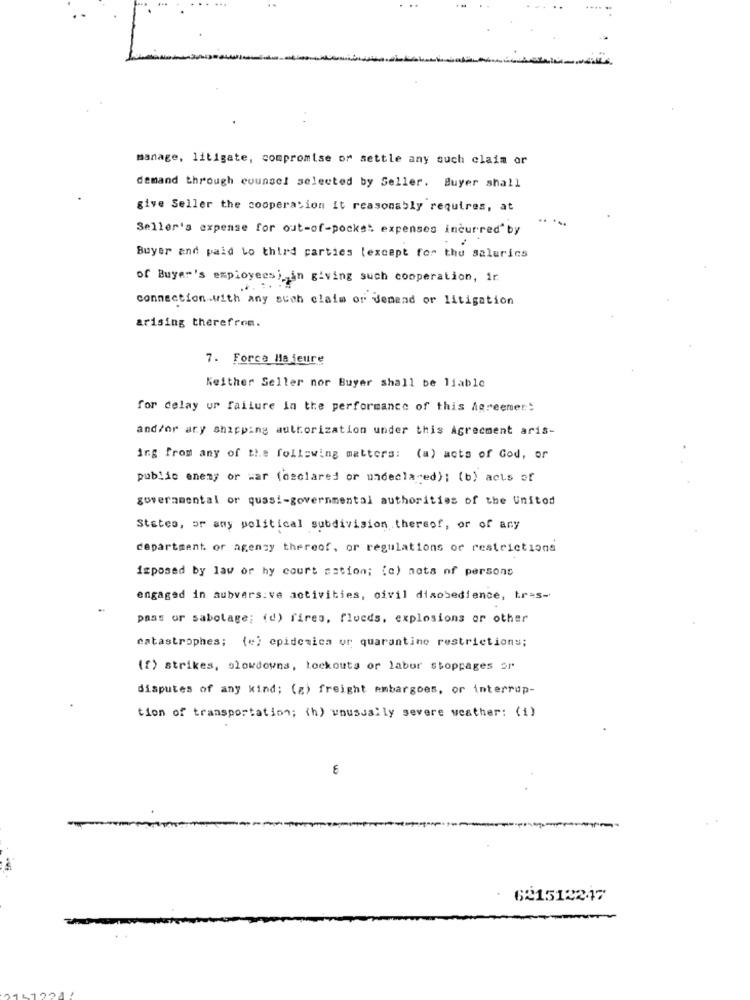
manage, litigate, compromise or settle any such claim or
demand through counsel selected by Seller. Buyer shall
give Seller the cooperation it reasonably requires, at
Seller's expense for out-of-pocket expenses incurred" by
Buyer and paid to third parties (except for the salurics
of Buyer's employeesi in giving such cooperation, ir
connection with any such claim or denend or litigation
arising therefrom.
7. Force Majeure
Neither Seller nor Buyer shall be liable
for delay ur failure in the performance of this Agreement
and/or ary shipping authorization under this Agreement aris-
ing from any of the following matters:
(a) acts of God, or
public enemy or war (declared or undeclared); (b) acts of
governmental or quasi-governmental authorities of the Unitod
States, or any political subdivision, thereof, or of any
department or agengy thereof, or regulations or restrictions
imposed by law or hy court sation; (c) nots of persons
engaged in subvers:ve activities, civil disobedience, tras-
pass or sabotage; (d) fires, flucds. explosions or other
catastrophes; (=) epidemica ur quarantine restrictions;
(f) strikes, slowdowns, tockouts or labur stoppages or
disputes of any kind; (g) freight embargoes, or interrup-
tion of transportation; (h) unusually severe weather: (1)
€
621512247